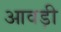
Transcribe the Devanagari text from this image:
आवड़ी